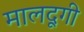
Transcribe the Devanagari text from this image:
मालदूगी